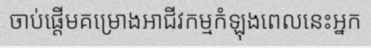
ចាប់ផ្តើមគម្រោងអាជីវកម្មកំឡុងពេលនេះអ្នក